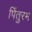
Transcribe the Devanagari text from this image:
पिंतुरम